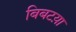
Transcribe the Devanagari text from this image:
बिबटय़ा